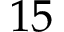
1 5